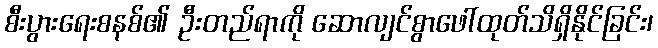
စီးပွားရေးစနစ်၏ ဦးတည်ရာကို ဆောလျင်စွာဖေါ်ထုတ်သိရှိနိုင်ခြင်း၊